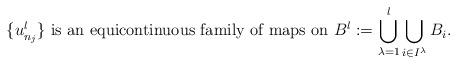
LaTeX: \begin{align*} \{u_{n_j}^l\} \mbox{ is an equicontinuous family of maps on } B^l:=\bigcup_{\lambda=1}^{l} \bigcup_{i \in I^{\lambda}}B_i.\end{align*}